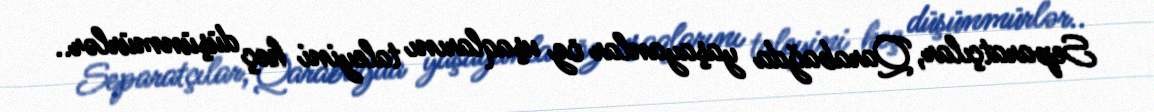
Separatçılar, Qarabağda yaşayanlar öz uşaqlarını taleyini heç düşünmürlər..